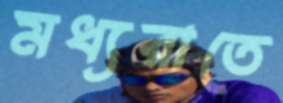
মধ্যরাতে